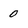
Character: 0